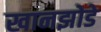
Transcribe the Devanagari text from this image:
खानझोडे